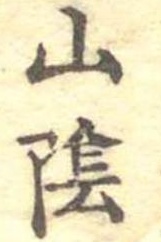
山陰